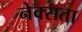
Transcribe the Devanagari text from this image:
नेक्सता